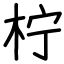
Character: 柠